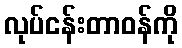
လုပ်ငန်းတာဝန်ကို